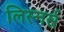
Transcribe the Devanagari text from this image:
लिस्नर्स